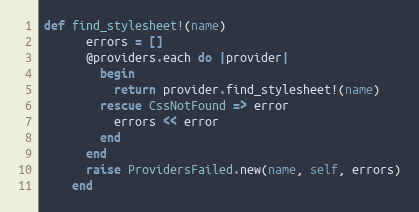
Language: Ruby
def find_stylesheet!(name)
      errors = []
      @providers.each do |provider|
        begin
          return provider.find_stylesheet!(name)
        rescue CssNotFound => error
          errors << error
        end
      end
      raise ProvidersFailed.new(name, self, errors)
    end